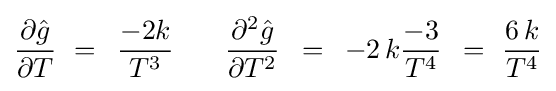
{{\partial {\hat {g}}} \over {\partial T}}\,\,=\,\,\,{{-2k} \over {T^{3}}}\,\,\,\,\,\,\,\,\,\,\,{{\partial ^{2}{\hat {g}}} \over {\partial T^{2}}}\,\,\,=\,\,\,-2\,k{{-3} \over {T^{4}}}\,\,\,=\,\,{{6\,k} \over {T^{4}}}